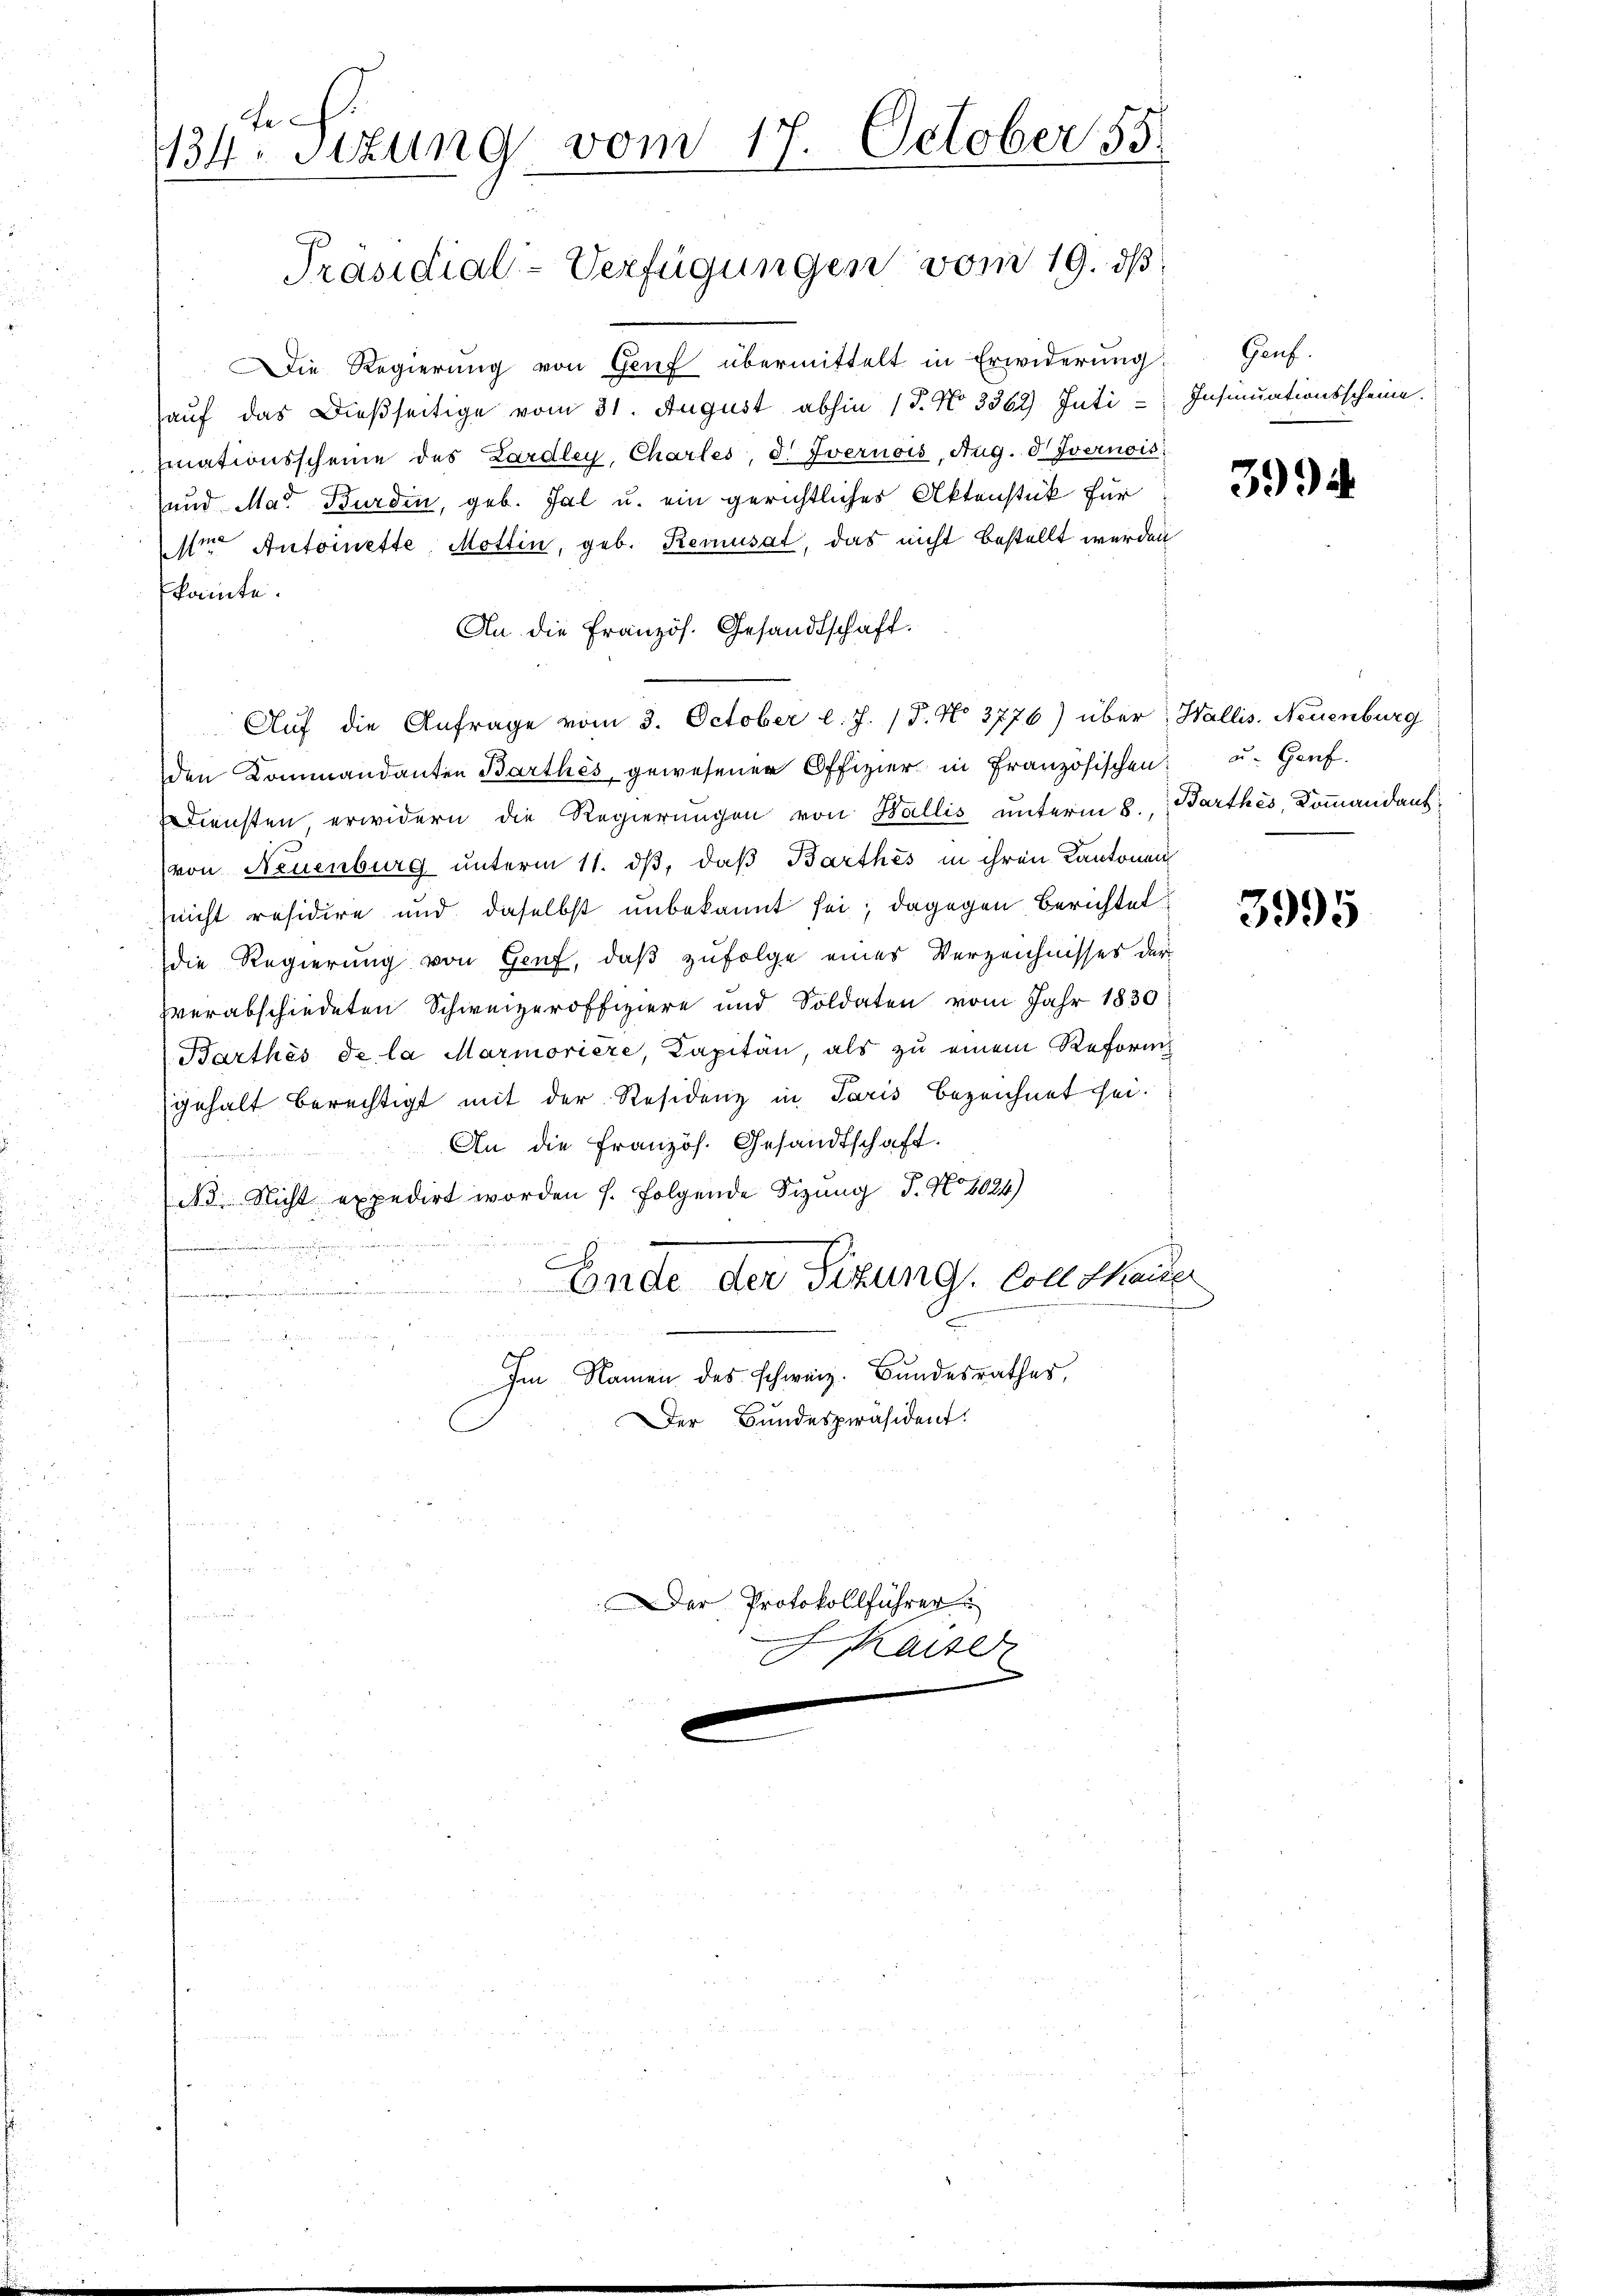
toch
134. Sitzung vom 17. October 55.
Präsidial-Verfügungen vom 19. ds.

Die Regierung von Genf übermittelt in Erwiderung:
aŭf das dießseitige vom 31. August abhin 17. No 3362) Inti- Insinuationsscheine.
mnationsscheine des Zardley, Chartes, d. Ivernois, Aug. d Ivernois
und Mad. Burdin, geb. Tal u. ein gerichtliches Aktenstück für
Mir Antoinette, Mottin, geb. Remusat, das nicht bestellt werden
kannte.
An die Französ. Gesandtschaft.
den Kommandanten Barthes, gewesener Offizier in Französischen u. Genf.
Diensten, erwidern die Regierungen von Wallis unterm 8. Barthes, Kommandauf
(von Neuenburg unterm 11. dß, daß Barthes in ihren Kantonen
Zeicht räsidire und daselbst unbekannt sei; dagegen Berichtet
die Regierung von Genf, daß zufolge eines Verzeichnisses der
verabschiedeten Schweizeroffiziere und Soldaten vom Jahr 1830
Barthes de la Marmoriere, Kapitän, als zu einem Reform
gehalt berechtigt mit der Residenz in Paris bezeichnet sei.
An die Französ. Gesandtschaft.
h
N. Nicht expedirt worden f. folgende Sizung P. Nr. 2024)
r
Ende der Sitzung, Coll thaiser
.
.
n

us
Ien Namen des schweiz. Bundesrathes,
Der Bundespräsident.

Auf die Anfrage vom 3. October l. J. 17. No 3776) über: Wallis. Neuenburg

Der Protokollführer
Kaiser

Gauf.

394

3995